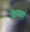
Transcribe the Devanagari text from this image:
केयहां